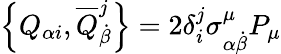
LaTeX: \left\{ Q_{\alpha i},{\overline{{Q}}}_{\dot{\beta}}^{j}\right\} =2\delta_{i}^{j}\sigma_{\alpha{\dot{\beta}}}^{\mu}P_{\mu}